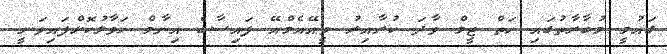
ގައުމީ މުބާރާތުގައި ހަތް ޓީމް ވާދަ ކުރާއިރު ވީއޭއެމްއޭ ފައިސާގެ އިނާމް ހަވާލުކޮށްފައިވަނީ